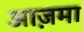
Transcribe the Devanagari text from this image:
आज़मा